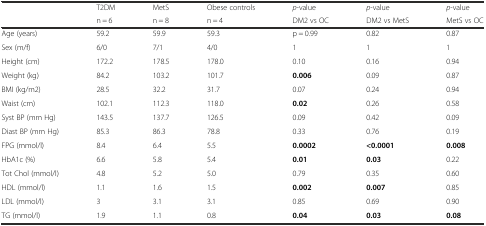
|  | T2DM | MetS | Obese controls | p-value | p-value | p-value |
 |  | n = 6 | n = 8 | n = 4 | DM2 vs OC | DM2 vs MetS | MetS vs OC |
 | --- | --- | --- | --- | --- | --- | --- |
 | Age (years) | 59.2 | 59.9 | 59.3 | p = 0.99 | 0.82 | 0.87 |
 | Sex (m/f) | 6/0 | 7/1 | 4/0 | 1 | 1 | 1 |
 | Height (cm) | 172.2 | 178.5 | 178.0 | 0.10 | 0.16 | 0.94 |
 | Weight (kg) | 84.2 | 103.2 | 101.7 | 0.006 | 0.09 | 0.87 |
 | BMI (kg/m2) | 28.5 | 32.2 | 31.7 | 0.07 | 0.24 | 0.94 |
 | Waist (cm) | 102.1 | 112.3 | 118.0 | 0.02 | 0.26 | 0.58 |
 | Syst BP (mm Hg) | 143.5 | 137.7 | 126.5 | 0.09 | 0.42 | 0.09 |
 | Diast BP (mm Hg) | 85.3 | 86.3 | 78.8 | 0.33 | 0.76 | 0.19 |
 | FPG (mmol/l) | 8.4 | 6.4 | 5.5 | 0.0002 | <0.0001 | 0.008 |
 | HbA1c (%) | 6.6 | 5.8 | 5.4 | 0.01 | 0.03 | 0.22 |
 | Tot Chol (mmol/l) | 4.8 | 5.2 | 5.0 | 0.79 | 0.35 | 0.60 |
 | HDL (mmol/l) | 1.1 | 1.6 | 1.5 | 0.002 | 0.007 | 0.85 |
 | LDL (mmol/l) | 3 | 3.1 | 3.1 | 0.85 | 0.69 | 0.90 |
 | TG (mmol/l) | 1.9 | 1.1 | 0.8 | 0.04 | 0.03 | 0.08 |